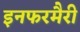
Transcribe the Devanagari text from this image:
इनफरमैरी